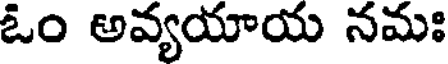
ఓం అవ్యయాయ నమః